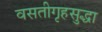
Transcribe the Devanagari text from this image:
वसतीगृहसुद्धा